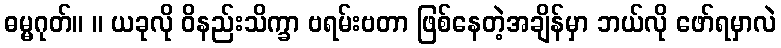
ဓမ္မဂုတ်။ ။ ယခုလို ဝိနည်းသိက္ခာ ဗရမ်းဗတာ ဖြစ်နေတဲ့အချိန်မှာ ဘယ်လို ဖော်ရမှာလဲ